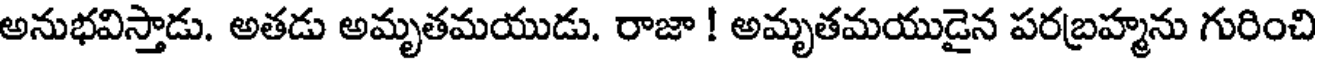
అనుభవిస్తాడు. అతడు అమృతమయుడు. రాజా ! అమృతమయుడైన పరబ్రహ్మను గురించి